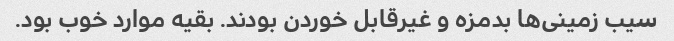
سیب زمینی‌ها بدمزه و غیرقابل خوردن بودند. بقیه موارد خوب بود.